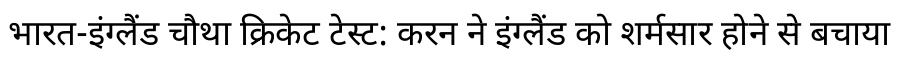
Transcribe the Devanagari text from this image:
भारत-इंग्लैंड चौथा क्रिकेट टेस्ट: करन ने इंग्लैंड को शर्मसार होने से बचाया